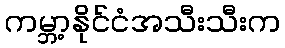
ကမ္ဘာ့နိုင်ငံအသီးသီးက